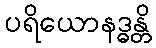
ပရိယောနဒ္ဓန္တိ